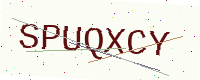
Text: SPUQXCY